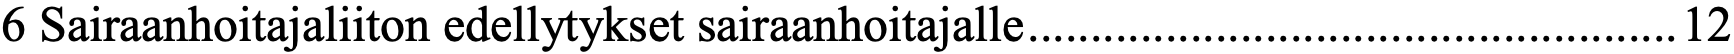
6 Sairaanhoitajaliiton edellytykset sairaanhoitajalle .................................................... 12